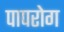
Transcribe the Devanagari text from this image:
पापरोग